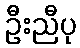
ဦးညီပု